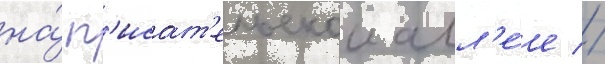
на́ п'исат'ельскои алл'е́е //